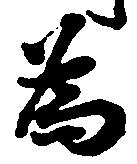
為